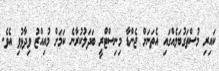
ކައިރި މުސްތަގުބަލެއްގައި އެތަނަށް ޖެންޑާ މިނިސްޓްރީ ބަދަލުކުރާނެ ކަމަށް މުއިއްޒު ވިދާޅުވި އެވެ.